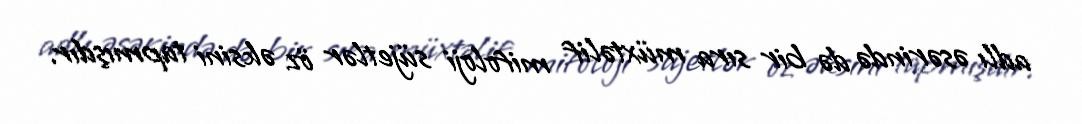
adlı əsərində də bir sıra müxtəlif mifoloji süjetlər öz əksini tapmışdır.